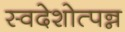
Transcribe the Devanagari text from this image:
स्वदेशोत्पन्न